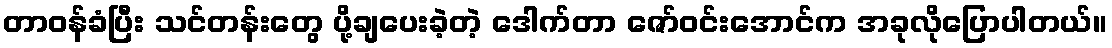
တာဝန်ခံပြီး သင်တန်းတွေ ပို့ချပေးခဲ့တဲ့ ဒေါက်တာ ဇော်ဝင်းအောင်က အခုလိုပြောပါတယ်။